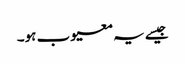
جیسے یہ معیوب ہو۔